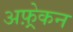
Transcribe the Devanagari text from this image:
अफ़्र्रेकन